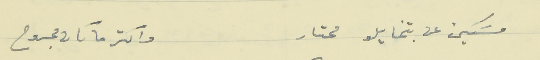
مسَكين عن بتخايلو محتار                    واكتر ما كان مجروح